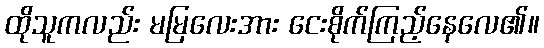
ထိုသူကလည်း မမြလေးအား ငေးစိုက်ကြည့်နေလေ၏။